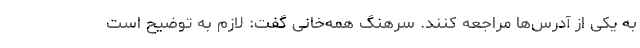
به یکی از آدرس‌ها مراجعه کنند. سرهنگ همه‌خانی گفت: لازم به توضیح است